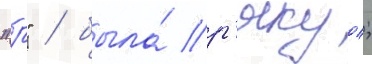
"р" / была́ р'якуо;